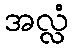
အလ္လံ